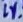
Text: 1%